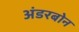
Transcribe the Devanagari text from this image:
अंडरबोन